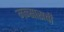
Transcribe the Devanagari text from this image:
मन्सासची